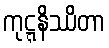
ကုဋ္ဋနိဿိတာ